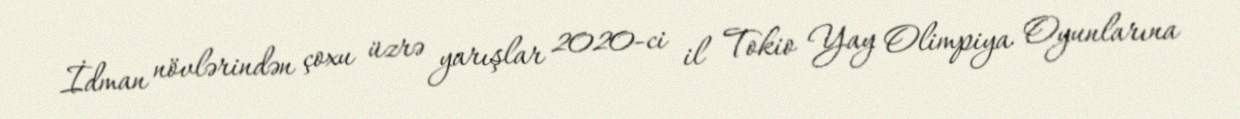
İdman növlərindən çoxu üzrə yarışlar 2020-ci il Tokio Yay Olimpiya Oyunlarına